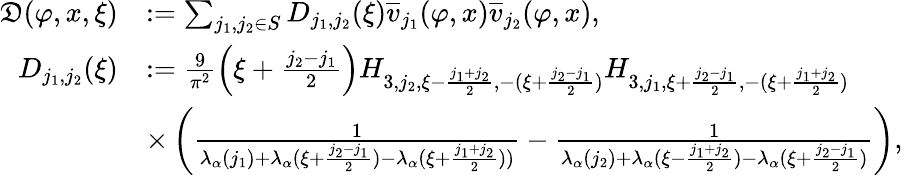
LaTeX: \begin{array}{rl}{\mathfrak{D}(\varphi,x,\xi)}&{:=\sum_{j_{1},j_{2}\in S}D_{j_{1},j_{2}}(\xi)\overline{{v}}_{j_{1}}(\varphi,x)\overline{{v}}_{j_{2}}(\varphi,x),}\\ {D_{j_{1},j_{2}}(\xi)}&{:=\frac{9}{\pi^{2}}\left(\xi+\frac{j_{2}-j_{1}}{2}\right)H_{3,j_{2},\xi-\frac{j_{1}+j_{2}}2,-(\xi+\frac{j_{2}-j_{1}}2)}H_{3,j_{1},\xi+\frac{j_{2}-j_{1}}2,-(\xi+\frac{j_{1}+j_{2}}2)}}\\ &{\times\left(\frac{1}{\lambda_{\alpha}(j_{1})+\lambda_{\alpha}(\xi+\frac{j_{2}-j_{1}}2)-\lambda_{\alpha}(\xi+\frac{j_{1}+j_{2}}2))}-\frac{1}{\lambda_{\alpha}(j_{2})+\lambda_{\alpha}(\xi-\frac{j_{1}+j_{2}}2)-\lambda_{\alpha}(\xi+\frac{j_{2}-j_{1}}2)}\right),}\end{array}